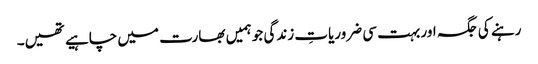
رہنے کی جگہ اور بہت سی ضروریاتِ زندگی جو ہمیں بھارت میں چاہیے تھیں۔